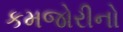
કમજોરીનો